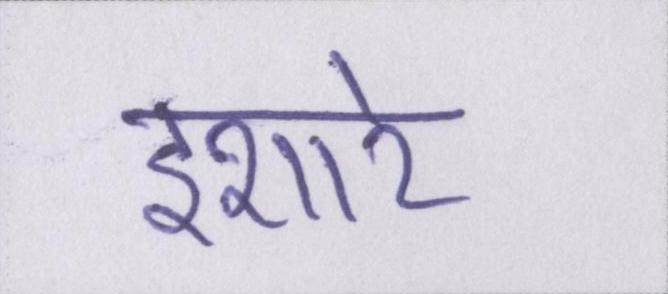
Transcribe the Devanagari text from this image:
इशारे